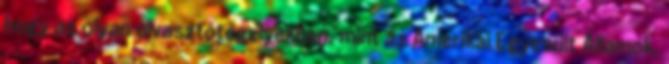
hogy az olyan olvasztótégelyekben, mint az Amerikai Egyesült Államok,